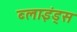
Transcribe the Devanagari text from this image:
ब्लाइंड्स